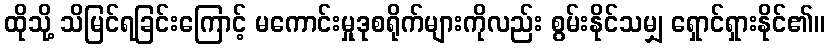
ထိုသို့ သိမြင်ရခြင်းကြောင့် မကောင်းမှုဒုစရိုက်များကိုလည်း စွမ်းနိုင်သမျှ ရှောင်ရှားနိုင်၏။